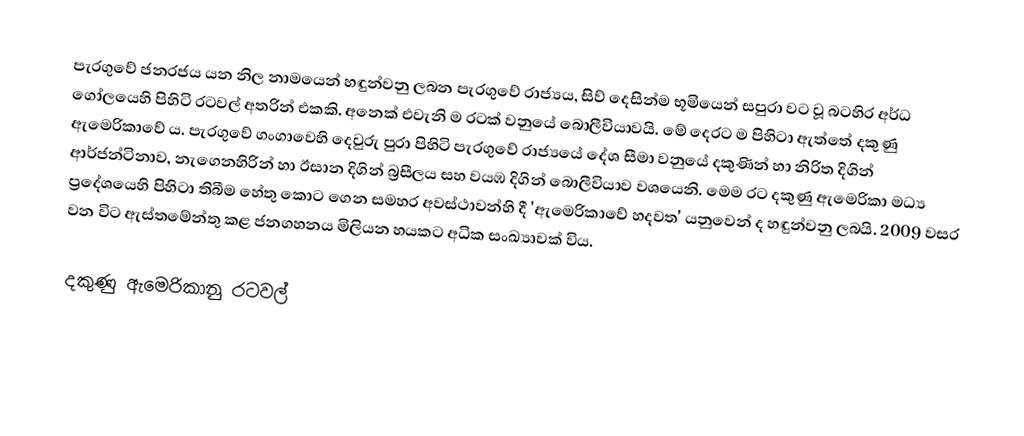
පැරගුවේ ජනරජය යන නිල නාමයෙන් හඳුන්වනු ලබන පැරගුවේ රාජ්‍යය, සිව් දෙසින්ම භූමියෙන් සපුරා වට වූ බටහිර අර්ධ ගෝලයෙහි  පිහිටි රටවල් අතරින් එකකි. අනෙක් එවැනි ම රටක් වනුයේ බොලීවියාවයි. මේ දෙරට ම පිහිටා ඇත්තේ දකුණු ඇමෙරිකාවේ ය. පැරගුවේ ගංගාවෙහි දෙවුරු පුරා පිහිටි පැරගුවේ රාජ්‍යයේ දේශ සීමා වනුයේ දකුණින් හා නිරිත දිගින්  ආර්ජන්ටිනාව, නැගෙනහිරින් හා ඊසාන දිගින්  බ්‍රසීලය සහ වයඹ දිගින් බොලීවියාව වශයෙනි. මෙම රට දකුණු ඇමෙරිකා මධ්‍ය ප්‍රදේශයෙහි පිහිටා තිබීම හේතු කොට ගෙන සමහර අවස්ථාවන්හි දී 'ඇමෙරිකාවේ හදවත' යනුවෙන් ද හඳුන්වනු ලබයි. 2009 වසර වන විට ඇස්තමේන්තු කළ ජනගහනය මිලියන හයකට අධික සංඛ්‍යාවක් විය.

දකුණු ඇමෙරිකානු රටවල්